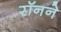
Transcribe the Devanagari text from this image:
रॉनने